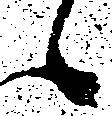
候